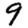
Digit: 9